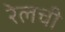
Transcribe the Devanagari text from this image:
रेलची